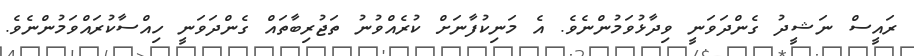
ރައީސް ނަޝީދު ގެންދަވަނީ ވިދާޅުވަމުންނެވެ. އެ މަނިކުފާނަށް ކުރެއްވުނު ތަޖުރިބާތައް ގެންދަވަނީ ހިއްސާކުރައްވަމުންނެވެ.